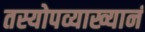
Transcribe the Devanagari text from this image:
तस्योपव्याख्यानं